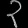
Digit: ၃